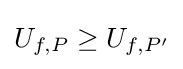
U_{f,P}\geq U_{f,P'}